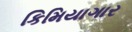
કિમિયાગાર